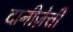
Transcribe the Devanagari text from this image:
दानीज़ेत्ती